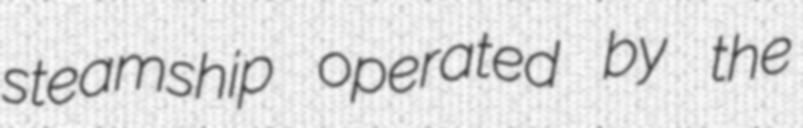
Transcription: steamship operated by the